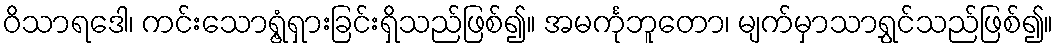
ဝိသာရဒေါ၊ ကင်းသောရွံ့ရှားခြင်းရှိသည်ဖြစ်၍။ အမင်္ကုဘူတော၊ မျက်မှာသာရွှင်သည်ဖြစ်၍။